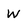
Character: w